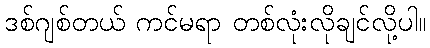
ဒစ်ဂျစ်တယ် ကင်မရာ တစ်လုံးလိုချင်လို့ပါ။